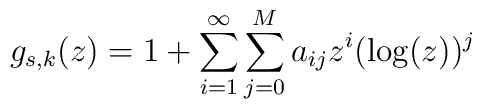
g_{s,k}(z)=1+\sum_{i=1}^{\infty}\sum_{j=0}^{M}a_{ij} z^i(\log(z))^j